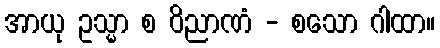
အာယု ဥသ္မာ စ ဝိညာဏံ - စသော ဂါထာ။